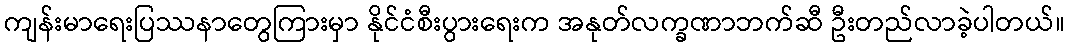
ကျန်းမာရေးပြဿနာတွေကြားမှာ နိုင်ငံစီးပွားရေးက အနုတ်လက္ခဏာဘက်ဆီ ဦးတည်လာခဲ့ပါတယ်။